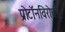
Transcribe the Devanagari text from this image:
प्रोटॉनविरोधी